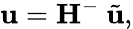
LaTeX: \mathbf{u}=\mathbf{H}^{-}\ \tilde{\mathbf{u}},